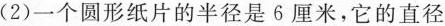
(2)一个圆形纸片的半径是6厘米，它的直径